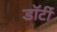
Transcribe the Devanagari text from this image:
डॉर्टी